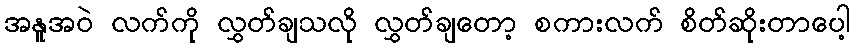
အနူအဝဲ လက်ကို လွှတ်ချသလို လွှတ်ချတော့ စကားလက် စိတ်ဆိုးတာပေါ့